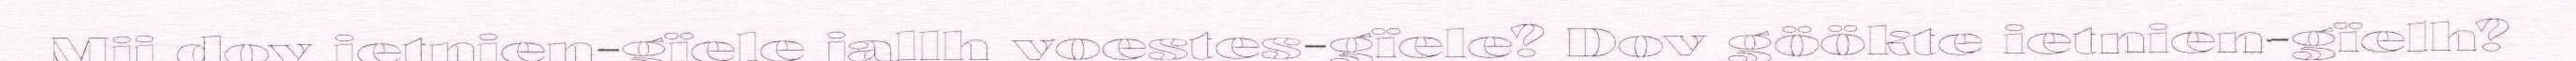
Mij dov ietnien-gïele jallh voestes-gïele? Dov göökte ietnien-gïelh?